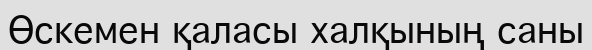
Өскемен қаласы халқының саны